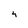
Character: 4